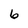
Character: 6